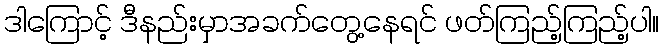
ဒါကြောင့် ဒီနည်းမှာအခက်တွေ့နေရင် ဖတ်ကြည့်ကြည့်ပါ။